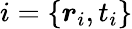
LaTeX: i=\{ \boldsymbol{r}_{i},t_{i}\}